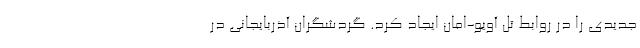
جدیدی را در روابط تل آویو-امان ایجاد کرد. گردشگران آذربایجانی در